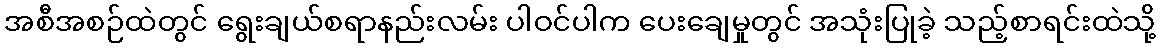
အစီအစဉ်ထဲတွင် ရွေးချယ်စရာနည်းလမ်း ပါဝင်ပါက ပေးချေမှုတွင် အသုံးပြုခဲ့ သည့်စာရင်းထဲသို့